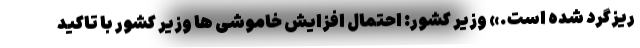
ریزگرد شده است.» وزیر کشور: احتمال افزایش خاموشی ها وزیر کشور با تاکید